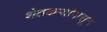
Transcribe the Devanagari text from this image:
शेतकऱ्यांपासून